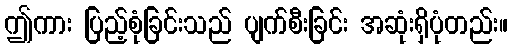
ဤကား ပြည့်စုံခြင်းသည် ပျက်စီးခြင်း အဆုံးရှိပုံတည်း။